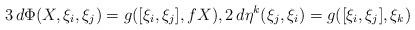
LaTeX: \begin{align*} 3\,d\Phi(X,\xi_i,\xi_j) = g([\xi_i,\xi_j], fX), 2\,d\eta^k(\xi_j, \xi_i) = g([\xi_i,\xi_j],\xi_k)\end{align*}